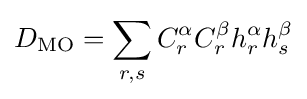
D_{\text{MO}}=\sum \limits _{r,s}C_{r}^{\alpha }C_{r}^{\beta }h_{r}^{\alpha }h_{s}^{\beta }